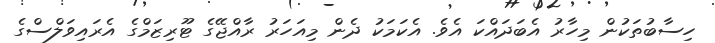
ހިސާބުތަކުން މިހާރު އެބަދައްކަ އެވެ. އެކަމަކު ދެން މިއަހަރު ރާއްޖޭގެ ޓޫރިޒަމްގެ އެރައިވަލްސްގެ